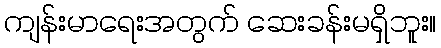
ကျန်းမာရေးအတွက် ဆေးခန်းမရှိဘူး။